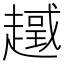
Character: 𧽮